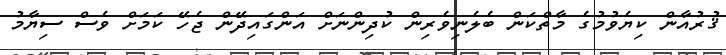
ޤުރުއާން ކިޔެވުމުގެ މާތްކަން ބެލެނިވެރިން ކުދިންނަށް އަންގައިދޭން ޖެހޭ ކަމަށް ވެސް ސިޔާމު